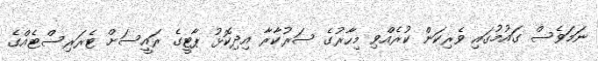
ނަމަވެސް ގައުމުގައި ވެރިކަން ކުރެއްވި މިހާރުގެ ސަރުކާރާ އިދިކޮޅު ޕާޓީގެ ރައީސަށް ޓެރަރިސްޓެއްގެ